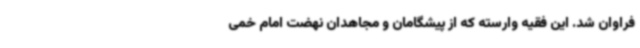
فراوان شد. این فقیه وارسته که از پیشگامان و مجاهدان نهضت امام خمی